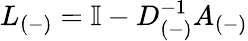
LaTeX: L_{(-)}=\mathbb{I}-D_{(-)}^{-1}A_{(-)}